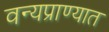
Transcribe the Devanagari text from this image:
वन्यप्राण्यात